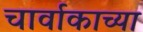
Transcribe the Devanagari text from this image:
चार्वाकाच्या